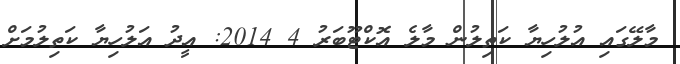
މާލޭގައި އުލުހިޔާ ކަތިލުން މާލެ އޮކްޓޫބަރު 4 2014: އީދު އަލުހިޔާ ކަތިލުމަށް